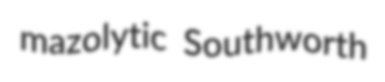
mazolytic Southworth